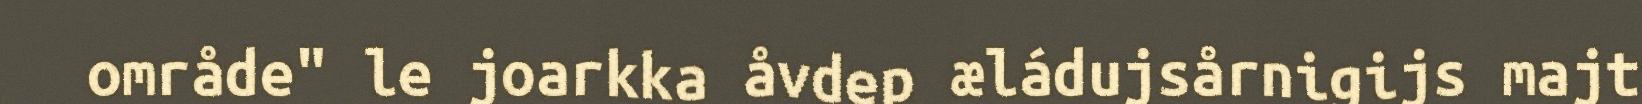
område" le joarkka åvdep æládujsårnigijs majt